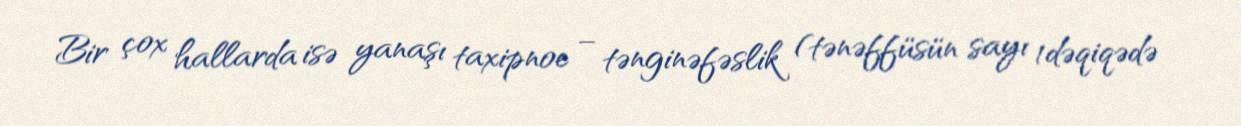
Bir çox hallarda isə yanaşı taxipnoe – tənginəfəslik (tənəffüsün sayı 1dəqiqədə